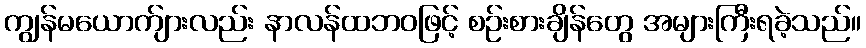
ကျွန်မယောက်ျားလည်း နာလန်ထဘဝဖြင့် စဉ်းစားချိန်တွေ အများကြီးရခဲ့သည်။